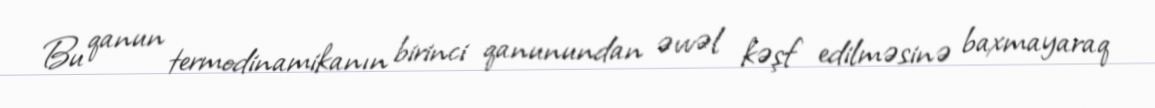
Bu qanun termodinamikanın birinci qanunundan əvvəl kəşf edilməsinə baxmayaraq